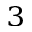
^ 3